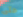
حتى